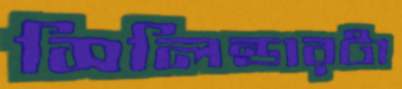
সিলিন্ডারটা